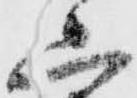
山